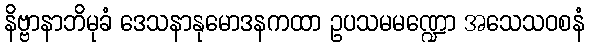
နိဗ္ဗာနာဘိမုခံ ဒေသနာနုမောဒနကထာ ဥပသမမဏ္ဍော အသေသဝစနံ